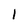
Character: 1